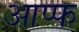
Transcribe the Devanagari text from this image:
आप्फ